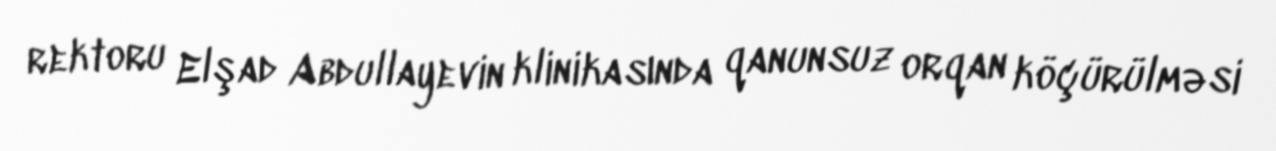
rektoru Elşad Abdullayevin klinikasında qanunsuz orqan köçürülməsi